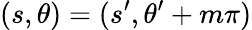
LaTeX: (s,\theta)=(s^{\prime},\theta^{\prime}+m\pi)